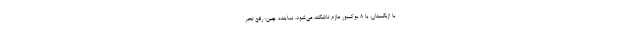
با ازبکستان، با ۸ بوکسور عازم تاشکند می‌شود. نماینده چین: رفع تحر